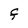
Character: f